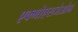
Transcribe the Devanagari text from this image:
एक्गोएसजेओन